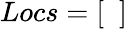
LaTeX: Locs=[\phantom{a}]